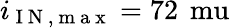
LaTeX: i_{\mathrm{~I~N~,~m~a~x~}}=72\, \mathrm{\ mu}